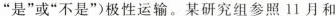
”是”或”不是”)极性运输。某研究组参照11月和